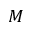
M